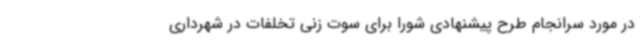
در مورد سرانجام طرح پیشنهادی شورا برای سوت زنی تخلفات در شهرداری